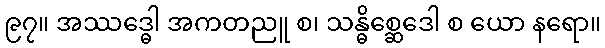
၉၇။ အဿဒ္ဓေါ အကတညူ စ၊ သန္ဓိစ္ဆေဒေါ စ ယော နရော။